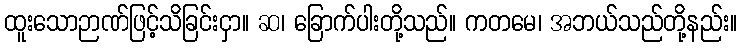
ထူးသောဉာဏ်ဖြင့်သိခြင်းငှာ။ ဆ၊ ခြောက်ပါးတို့သည်။ ကတမေ၊ အဘယ်သည်တို့နည်း။